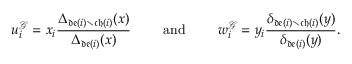
u _ { i } ^ { \mathcal { G } } = x _ { i } \frac { \Delta _ { \mathfrak { d e } ( i ) \setminus \mathfrak { c h } ( i ) } ( x ) } { \Delta _ { \mathfrak { d e } ( i ) } ( x ) } \qquad \mathrm { ~ a n d ~ } \qquad w _ { i } ^ { \mathcal { G } } = y _ { i } \frac { \delta _ { \mathfrak { d e } ( i ) \setminus \mathfrak { c h } ( i ) } ( y ) } { \delta _ { \mathfrak { d e } ( i ) } ( y ) } .